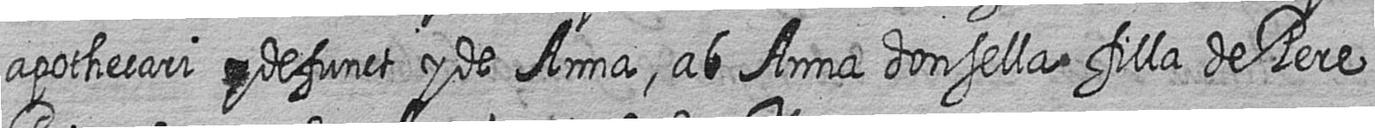
apothecari # defunct y de Anna ab Anna donsella filla de Pere